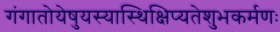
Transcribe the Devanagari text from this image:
गंगातोयेषुयस्यास्थिक्षिप्यतेशुभकर्मणः